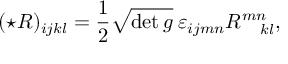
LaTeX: ( \star R ) _ { i j k l } = { \frac { 1 } { 2 } } \sqrt { \operatorname * { d e t } g } \: \varepsilon _ { i j m n } R _ { \: \: \: \: \: \: k l } ^ { m n } ,